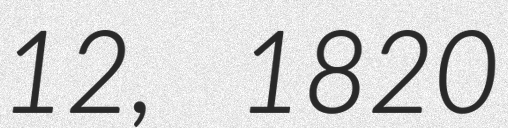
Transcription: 12, 1820